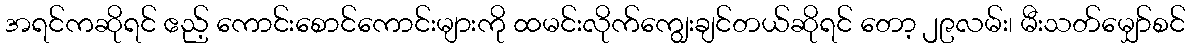
အရင်ကဆိုရင် ဧည့် ကောင်းစောင်ကောင်းများကို ထမင်းလိုက်ကျွေးချင်တယ်ဆိုရင် တော့ ၂၉လမ်း၊ မီးသတ်မျှော်စင်